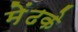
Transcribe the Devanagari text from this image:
मेंढके